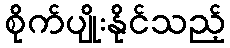
စိုက်ပျိုးနိုင်သည့်